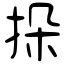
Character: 挆